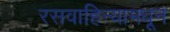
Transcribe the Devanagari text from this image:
रसवाहिन्यामधून